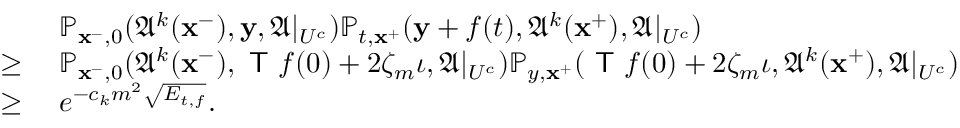
\begin{array} { r l } & { \mathbb { P } _ { \mathbf { x } ^ { - } , 0 } ( \mathfrak { A } ^ { k } ( \mathbf { x } ^ { - } ) , \mathbf { y } , \mathfrak { A } | _ { U ^ { c } } ) \mathbb { P } _ { t , \mathbf { x } ^ { + } } ( \mathbf { y } + f ( t ) , \mathfrak { A } ^ { k } ( \mathbf { x } ^ { + } ) , \mathfrak { A } | _ { U ^ { c } } ) } \\ { \ge \; } & { \mathbb { P } _ { \mathbf { x } ^ { - } , 0 } ( \mathfrak { A } ^ { k } ( \mathbf { x } ^ { - } ) , \textsf { T } f ( 0 ) + 2 \zeta _ { m } \iota , \mathfrak { A } | _ { U ^ { c } } ) \mathbb { P } _ { y , \mathbf { x } ^ { + } } ( \textsf { T } f ( 0 ) + 2 \zeta _ { m } \iota , \mathfrak { A } ^ { k } ( \mathbf { x } ^ { + } ) , \mathfrak { A } | _ { U ^ { c } } ) } \\ { \ge \; } & { e ^ { - c _ { k } m ^ { 2 } \sqrt { E _ { t , f } } } . } \end{array}